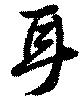
耳